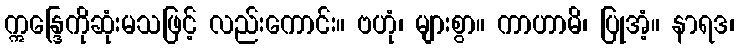
ဣန္ဒြေကိုဆုံးမသဖြင့် လည်းကောင်း။ ဗဟုံ၊ များစွာ။ ကာဟာမိ၊ ပြုအံ့။ နာရဒ၊